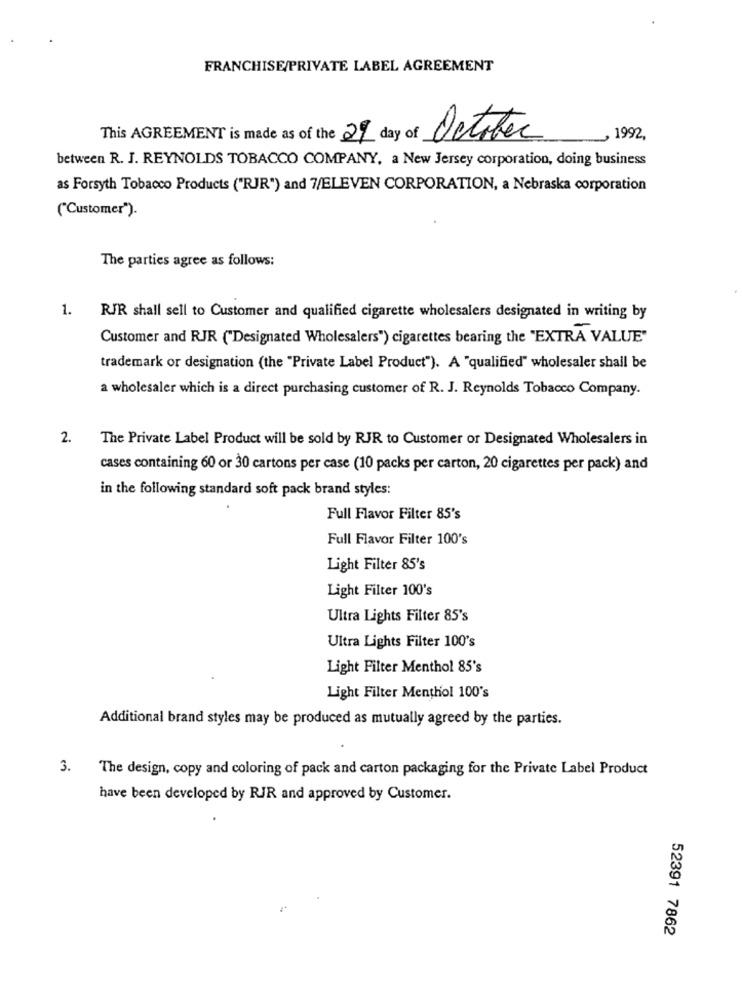
FRANCHISE/PRIVATE LABEL AGREEMENT
This AGREEMENT is made as of the 29 day of October
, 1992,
between R. J. REYNOLDS TOBACCO COMPANY, a New Jersey corporation, doing business
as Forsyth Tobacco Products ("RJR") and 7/ELEVEN CORPORATION, a Nebraska corporation
("Customer").
The parties agree as follows:
1.
RJR shall sell to Customer and qualified cigarette wholesalers designated in writing by
Customer and RJR ("Designated Wholesalers") cigarettes bearing the "EXTRA VALUE"
trademark or designation (the "Private Label Product"). A "qualified" wholesaler shall be
a wholesaler which is a direct purchasing customer of R. J. Reynolds Tobacco Company.
2.
The Private Label Product will be sold by RJR to Customer or Designated Wholesalers in
cases containing 60 or 30 cartons per case (10 packs per carton, 20 cigarettes per pack) and
in the following standard soft pack brand styles:
Full Flavor Filter 85's
Full Flavor Filter 100's
Light Filter 85's
Light Filter 100's
Ultra Lights Filter 85's
Ultra Lights Filter 100's
Light Filter Menthol 85's
Light Filter Menthol 100's
Additional brand styles may be produced as mutually agreed by the parties.
3.
The design, copy and coloring of pack and carton packaging for the Private Label Product
have been developed by RJR and approved by Customer.
52391 7862